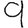
Digit: 9